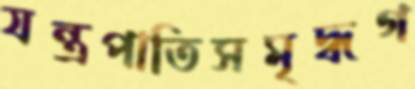
যন্ত্রপাতিসমৃদ্ধগ